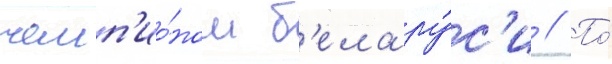
чемп'ио́ном б'елару́с'и // По́